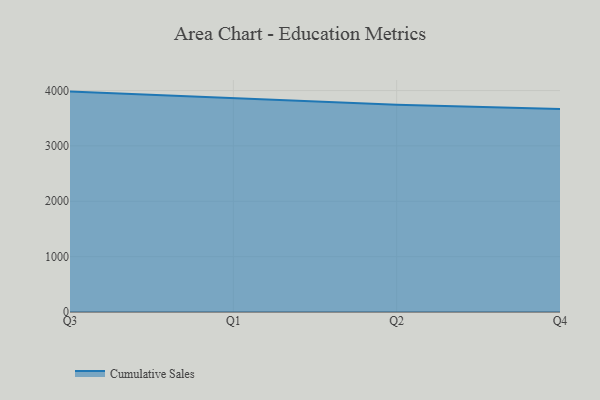
{"axis": {"x": "Quarter", "y": "Shipments"}, "legend": ["Cumulative Sales"], "data": [{"x": "Q3", "y": 3980.6, "type": "Cumulative Sales"}, {"x": "Q1", "y": 3860.5, "type": "Cumulative Sales"}, {"x": "Q2", "y": 3741.3, "type": "Cumulative Sales"}, {"x": "Q4", "y": 3665.9, "type": "Cumulative Sales"}]}